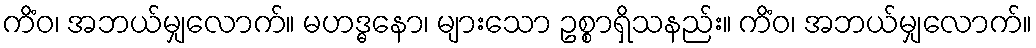
ကိံဝ၊ အဘယ်မျှလောက်။ မဟဒ္ဓနော၊ များသော ဥစ္စာရှိသနည်း။ ကိံဝ၊ အဘယ်မျှလောက်။